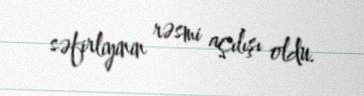
səfirliyinin rəsmi açılışı oldu.